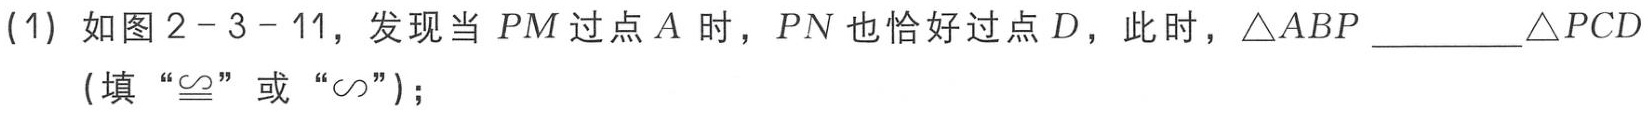
(1) 如图2 - 3 - 11，发现当 \(PM\) 过点 \(A\) 时，\(PN\) 也恰好过点 \(D\)，此时，\(\triangle ABP\)__________\(\triangle PCD\)（填“\(\cong\)”或“\(\sim\)”）；